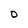
Character: 0